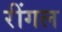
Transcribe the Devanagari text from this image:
रींगल